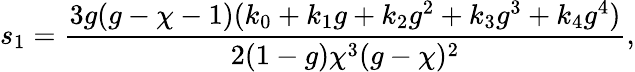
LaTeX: s_{1}=\frac{3g(g-\chi-1)(k_{0}+k_{1}g+k_{2}g^{2}+k_{3}g^{3}+k_{4}g^{4})}{2(1-g)\chi^{3}(g-\chi)^{2}},